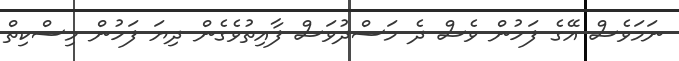
ނަމަވެސް އޭގެ ފަހުން ވެސް ދެ މަސްދުވަސް ފާއިތުވެގެން ދިޔަ ފަހުން މިސްކިތް